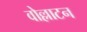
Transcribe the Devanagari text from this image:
वोल्लाटन